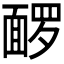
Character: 𬰡